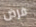
فرض